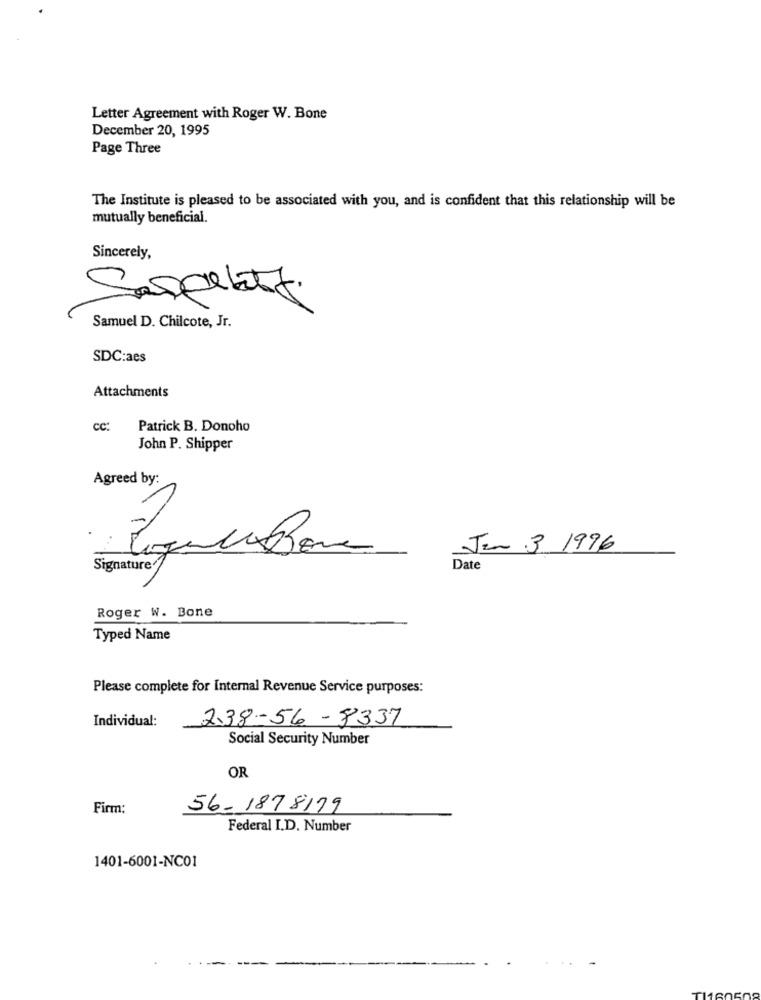
Letter Agreement with Roger W. Bone
December 20, 1995
Page Three
The Institute is pleased to be associated with you, and is confident that this relationship will be
mutually beneficial.
Sincerely,
Samuel D. Chilcote, Jr.
SDC:aes
Attachments
cc:
Patrick B. Donoho
John P. Shipper
Agreed by:
Jan 3 1996
Signature
Date
Roger W. Bone
Typed Name
Please complete for Internal Revenue Service purposes:
238-56 -8337
Individual:
Social Security Number
OR
Firm:
56-1878179
Federal I.D. Number
1401-6001-NC01